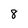
Character: 8